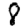
Digit: 8